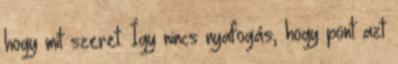
hogy mit szeret. Így nincs nyafogás, hogy pont azt